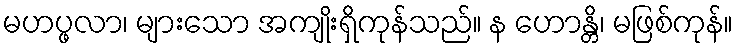
မဟပ္ဖလာ၊ များသော အကျိုးရှိကုန်သည်။ န ဟောန္တိ၊ မဖြစ်ကုန်။